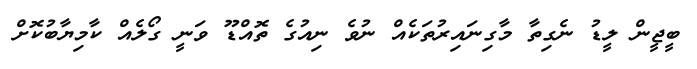
ބީޖީން ލީޑު ނެގިތާ މާގިނައިރުތަކެއް ނުވެ ނިއުގެ ތޮއްޑޫ ވަނީ ގޯލެއް ކާމިޔާބުކޮށް